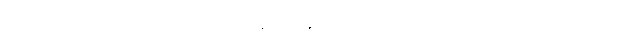
ပုညက္ခေတ္တံ ပုညက္ခေတ္တော၊ ကောင်းမှုတည်းဟူသော မျိုးစေ့တို့၏ စိုက်ပျိုးချရာလယ်ယာမြေကောင်းသဖွယ်ဖြစ်သည်လည်းကောင်း။